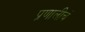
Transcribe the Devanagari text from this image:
प्रणालीचं